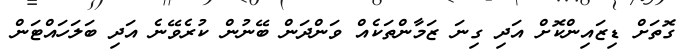
ގޮތަށް ޑިޒައިންކޮށް އަދި ގިނަ ޒަމާންތަކެއް ވަންދަން ބޭނުން ކުރެވޭނެ އަދި ބަލަހައްޓަން